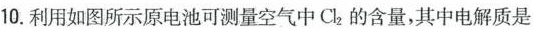
10.利用如图所示原电池可测量空气中Cl2的含量，其中电解质是